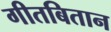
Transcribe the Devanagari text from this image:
गीतबितान